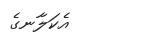
އެކަލާނގެ